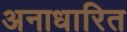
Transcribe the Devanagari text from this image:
अनाधारित